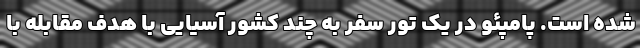
شده است. پامپئو در یک تور سفر به چند کشور آسیایی با هدف مقابله با